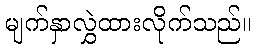
မျက်နှာလွှဲထားလိုက်သည်။